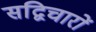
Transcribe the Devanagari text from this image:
सद्विचारों